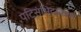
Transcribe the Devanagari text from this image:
पटिसंभिदाकथा